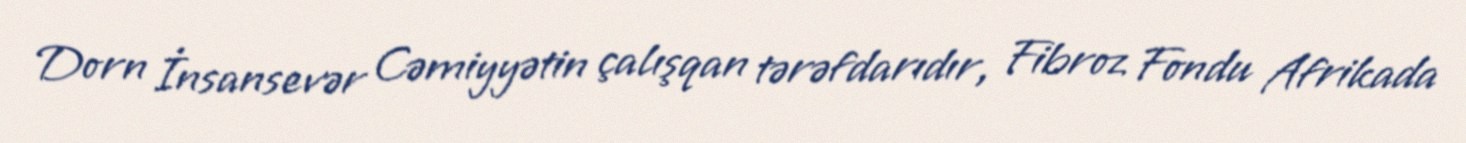
Dorn İnsansevər Cəmiyyətin çalışqan tərəfdarıdır, Fibroz Fondu Afrikada